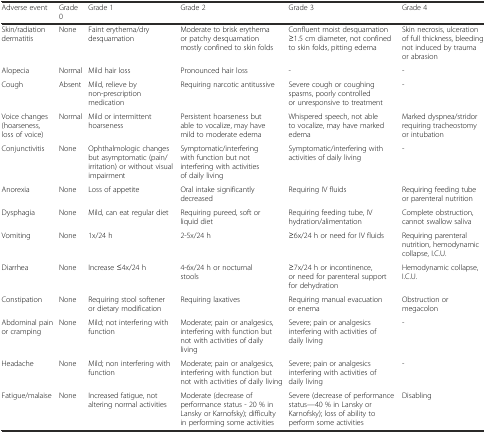
<table><thead><tr><td><b>Adverse event</b></td><td><b>Grade 0</b></td><td><b>Grade 1</b></td><td><b>Grade 2</b></td><td><b>Grade 3</b></td><td><b>Grade 4</b></td></tr></thead><tbody><tr><td>Skin/radiation dermatitis</td><td>None</td><td>Faint erythema/dry desquamation</td><td>Moderate to brisk erythema or patchy desquamation mostly confined to skin folds</td><td>Confluent moist desquamation ≥1.5 cm diameter, not confined to skin folds, pitting edema</td><td>Skin necrosis, ulceration of full thickness, bleeding not induced by trauma or abrasion</td></tr><tr><td>Alopecia</td><td>Normal</td><td>Mild hair loss</td><td>Pronounced hair loss</td><td>-</td><td>-</td></tr><tr><td>Cough</td><td>Absent</td><td>Mild, relieve by non-prescription medication</td><td>Requiring narcotic antitussive</td><td>Severe cough or coughing spasms, poorly controlled or unresponsive to treatment</td><td>-</td></tr><tr><td>Voice changes (hoarseness, loss of voice)</td><td>Normal</td><td>Mild or intermittent hoarseness</td><td>Persistent hoarseness but able to vocalize, may have mild to moderate edema</td><td>Whispered speech, not able to vocalize, may have marked edema</td><td>Marked dyspnea/stridor requiring tracheostomy or intubation</td></tr><tr><td>Conjunctivitis</td><td>None</td><td>Ophthalmologic changes but asymptomatic (pain/irritation) or without visual impairment</td><td>Symptomatic/interfering with function but not interfering with activities of daily living</td><td>Symptomatic/interfering with activities of daily living</td><td>-</td></tr><tr><td>Anorexia</td><td>None</td><td>Loss of appetite</td><td>Oral intake significantly decreased</td><td>Requiring IV fluids</td><td>Requiring feeding tube or parenteral nutrition</td></tr><tr><td>Dysphagia</td><td>None</td><td>Mild, can eat regular diet</td><td>Requiring pureed, soft or liquid diet</td><td>Requiring feeding tube, IV hydration/alimentation</td><td>Complete obstruction, cannot swallow saliva</td></tr><tr><td>Vomiting</td><td>None</td><td>1x/24 h</td><td>2-5x/24 h</td><td>≥6x/24 h or need for IV fluids</td><td>Requiring parenteral nutrition, hemodynamic collapse, I.C.U.</td></tr><tr><td>Diarrhea</td><td>None</td><td>Increase ≤4x/24 h</td><td>4-6x/24 h or nocturnal stools</td><td>≥7x/24 h or incontinence, or need for parenteral support for dehydration</td><td>Hemodynamic collapse, I.C.U.</td></tr><tr><td>Constipation</td><td>None</td><td>Requiring stool softener or dietary modification</td><td>Requiring laxatives</td><td>Requiring manual evacuation or enema</td><td>Obstruction or megacolon</td></tr><tr><td>Abdominal pain or cramping</td><td>None</td><td>Mild; not interfering with function</td><td>Moderate; pain or analgesics, interfering with function but not with activities of daily living</td><td>Severe; pain or analgesics interfering with activities of daily living</td><td>-</td></tr><tr><td>Headache</td><td>None</td><td>Mild; non interfering with function</td><td>Moderate; pain or analgesics, interfering with function but not with activities of daily living</td><td>Severe; pain or analgesics interfering with activities of daily living</td><td>-</td></tr><tr><td>Fatigue/malaise</td><td>None</td><td>Increased fatigue, not altering normal activities</td><td>Moderate (decrease of performance status - 20 % in Lansky or Karnofsky); difficulty in performing some activities</td><td>Severe (decrease of performance status—40 % in Lansky or Karnofsky); loss of ability to perform some activities</td><td>Disabling</td></tr></tbody></table>